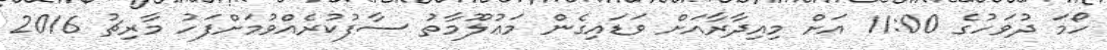
ހޯމަ ދުވަހުގެ 11:00 އަށް މިއިދާރާއަށް ވަޑައިގެން މަޢުލޫމާތު ސާފުކުރެއްވުމަށްފަހު މާރިޗު 2016